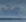
عن